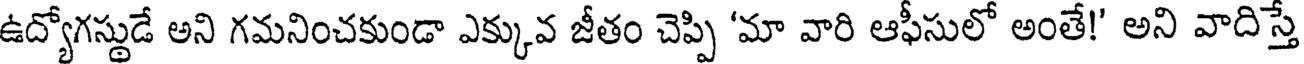
ఉద్యోగస్థుడే అని గమనించకుండా ఎక్కువ జీతం చెప్పి 'మా వారి ఆఫీసులో అంతే!' అని వాదిస్తే